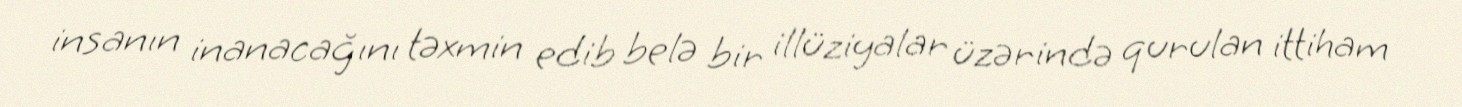
insanın inanacağını təxmin edib belə bir illüziyalar üzərində qurulan ittiham